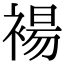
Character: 𫌅